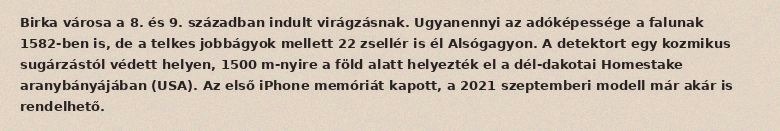
Birka városa a 8. és 9. században indult virágzásnak. Ugyanennyi az adóképessége a falunak 1582-ben is, de a telkes jobbágyok mellett 22 zsellér is él Alsógagyon. A detektort egy kozmikus sugárzástól védett helyen, 1500 m-nyire a föld alatt helyezték el a dél-dakotai Homestake aranybányájában (USA). Az első iPhone memóriát kapott, a 2021 szeptemberi modell már akár is rendelhető.